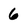
Character: 6